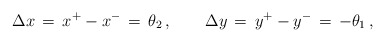
\begin{align*}\Delta x \,=\, x^+ - x^- \,=\,\theta_2\,,\qquad\Delta y \,=\, y^+ - y^-\,=\, -\theta_1\,, \end{align*}